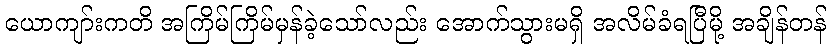
ယောကျာ်းကတိ အကြိမ်ကြိမ်မှန်ခဲ့သော်လည်း အောက်သွားမရှိ အလိမ်ခံရပြီမို့ အချိန်တန်